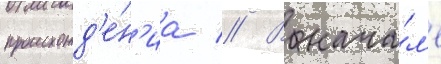
происхожд'е́н'иа // В нача́л'е